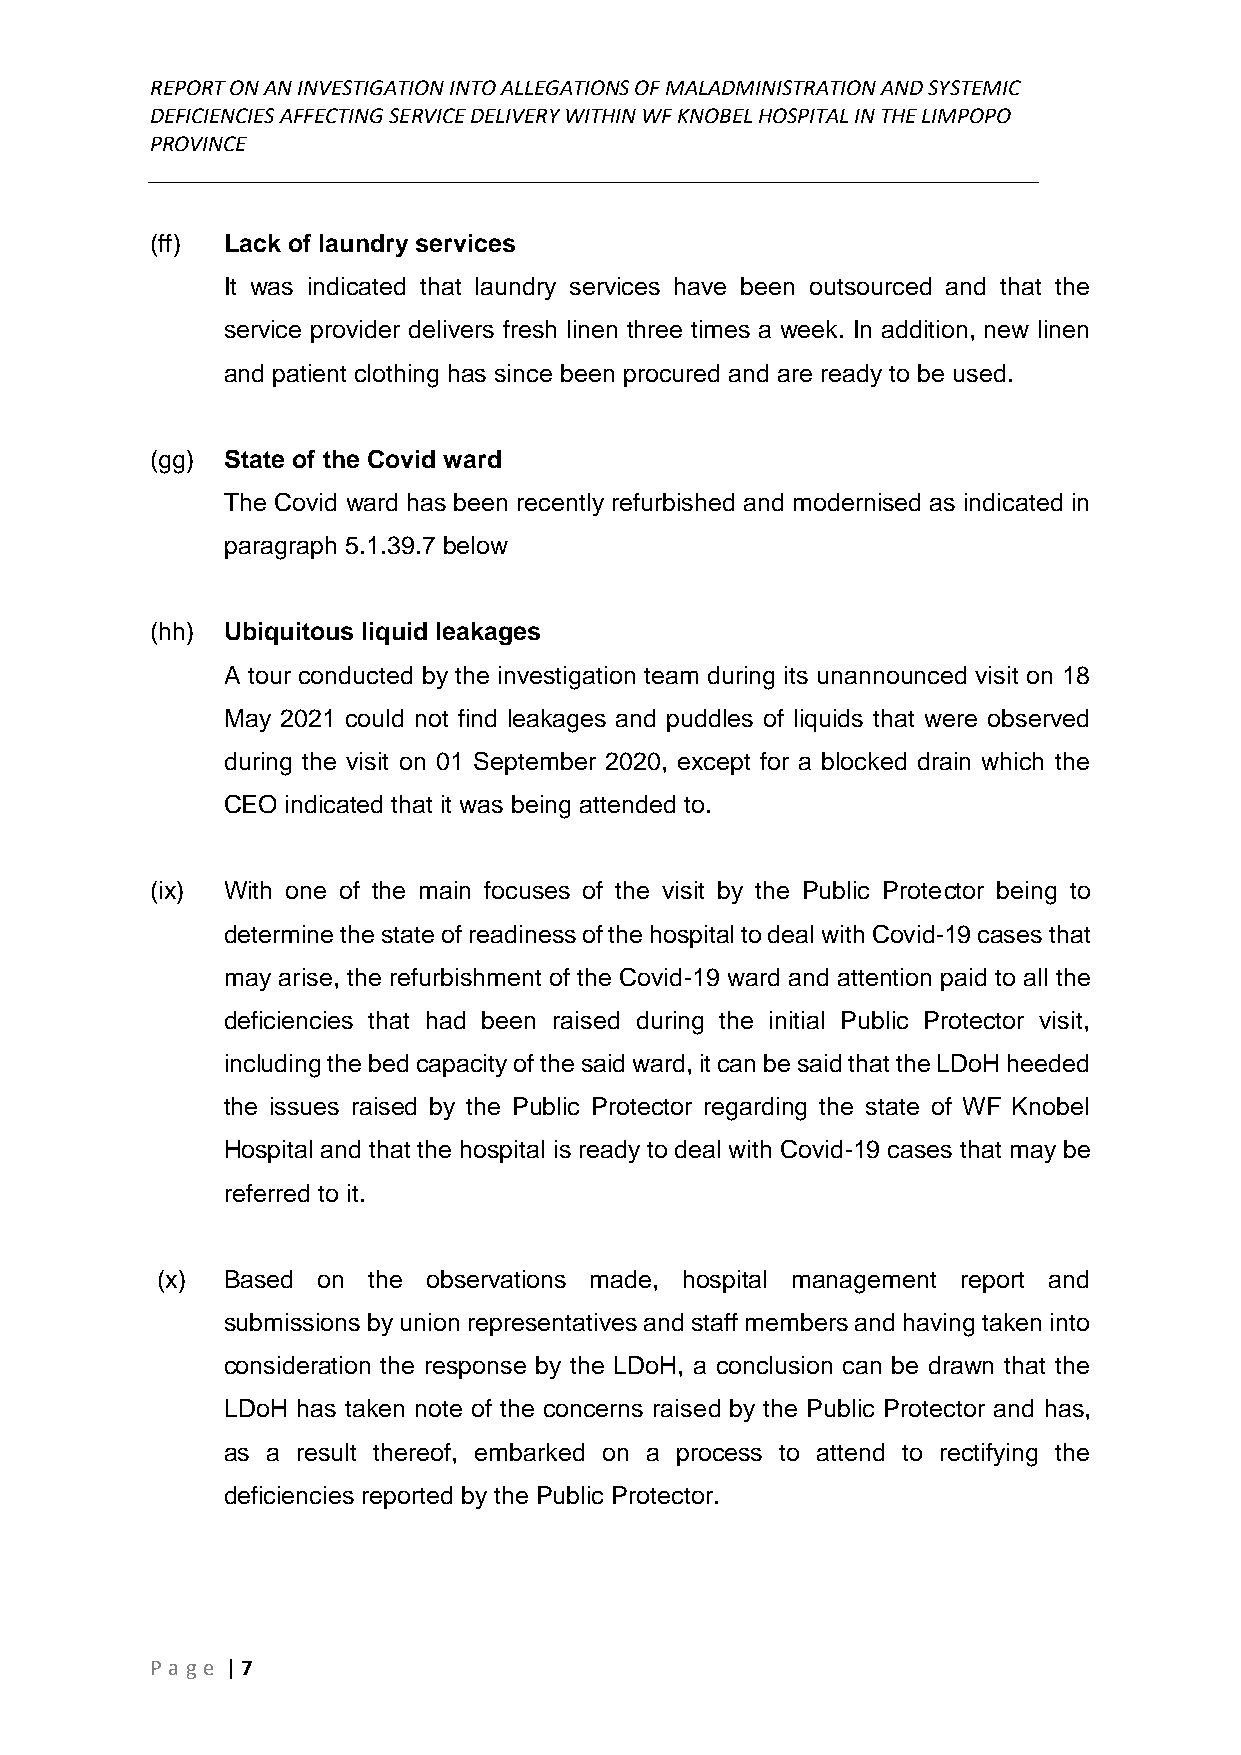
REPORT ON AN INVESTIGATION INTO ALLEGATIONS OF MALADMINISTRATION AND SYSTEMIC
 DEFICIENCIES AFFECTING SERVICE DELIVERY WITHIN WF KNOBEL HOSPITAL IN THE LIMPOPO
 PROVINCE
 ______________________________________________________________________________
 (ff) Lack of laundry services
 It was indicated that laundry services have been outsourced and that the
 service provider delivers fresh linen three times a week. In addition, new linen
 and patient clothing has since been procured and are ready to be used.
 (gg) State of the Covid ward
 The Covid ward has been recently refurbished and modernised as indicated in
 paragraph 5.1.39.7 below
 (hh) Ubiquitous liquid leakages
 A tour conducted by the investigation team during its unannounced visit on 18
 May 2021 could not find leakages and puddles of liquids that were observed
 during the visit on 01 September 2020, except for a blocked drain which the
 CEO indicated that it was being attended to.
 (ix) With one of the main focuses of the visit by the Public Protector being to
 determine the state of readiness of the hospital to deal with Covid-19 cases that
 may arise, the refurbishment of the Covid-19 ward and attention paid to all the
 deficiencies that had been raised during the initial Public Protector visit,
 including the bed capacity of the said ward, it can be said that the LDoH heeded
 the issues raised by the Public Protector regarding the state of WF Knobel
 Hospital and that the hospital is ready to deal with Covid-19 cases that may be
 referred to it.
 (x)  Based on the observations made, hospital management report and
 submissions by union representatives and staff members and having taken into
 consideration the response by the LDoH, a conclusion can be drawn that the
 LDoH has taken note of the concerns raised by the Public Protector and has,
 as a result thereof, embarked on a process to attend to rectifying the
 deficiencies reported by the Public Protector.
 P age | 7